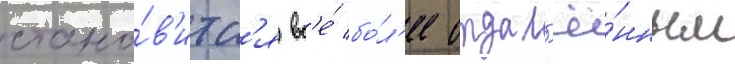
стано́в'итс'я вс'е́ бо́л'ее отдал'ё́нным